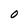
Character: O